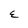
Character: E